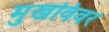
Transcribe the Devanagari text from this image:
मुखविवर